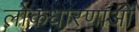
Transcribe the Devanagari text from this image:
लोकधारणाओं